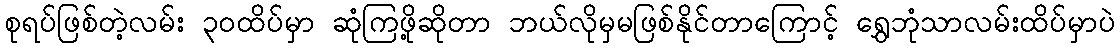
စုရပ်ဖြစ်တဲ့လမ်း ၃၀ထိပ်မှာ ဆုံကြဖို့ဆိုတာ ဘယ်လိုမှမဖြစ်နိုင်တာကြောင့် ရွှေဘုံသာလမ်းထိပ်မှာပဲ